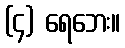
(၄) ရေဘေး။